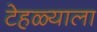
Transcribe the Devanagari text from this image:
टेहळ्याला